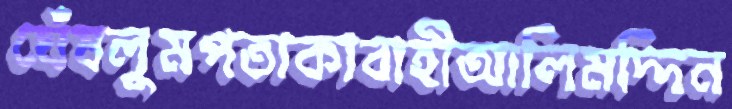
ঘেঁষলুমপতাকাবাহীআলিমদ্দিন